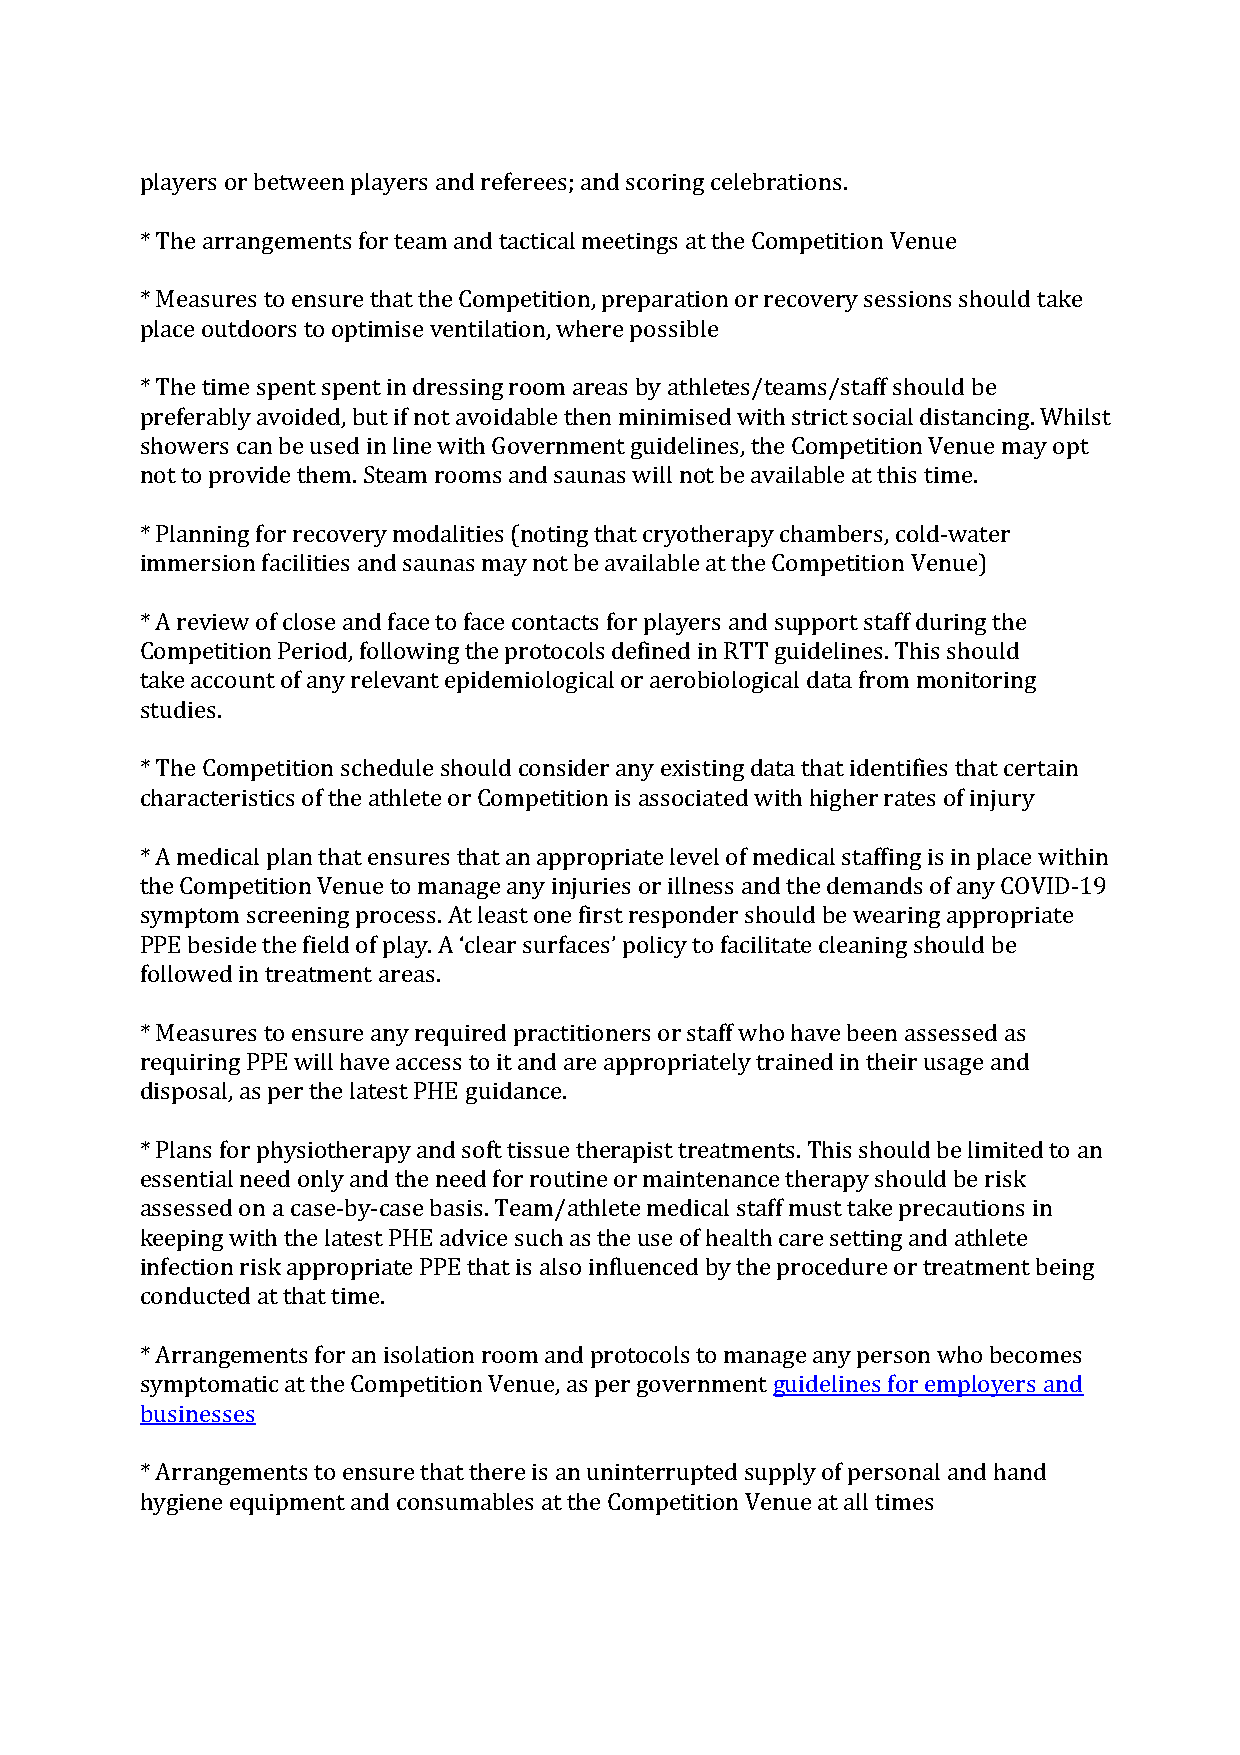
players or between players and referees; and scoring celebrations.
 * The arrangements for team and tactical meetings at the Competition Venue
 * Measures to ensure that the Competition, preparation or recovery sessions should take
 place outdoors to optimise ventilation, where possible
 * The time spent spent in dressing room areas by athletes/teams/staff should be
 preferably avoided, but if not avoidable then minimised with strict social distancing. Whilst
 showers can be used in line with Government guidelines, the Competition Venue may opt
 not to provide them. Steam rooms and saunas will not be available at this time.
 * Planning for recovery modalities (noting that cryotherapy chambers, cold-water
 immersion facilities and saunas may not be available at the Competition Venue)
 * A review of close and face to face contacts for players and support staff during the
 Competition Period, following the protocols defined in RTT guidelines. This should
 take account of any relevant epidemiological or aerobiological data from monitoring
 studies.
 * The Competition schedule should consider any existing data that identifies that certain
 characteristics of the athlete or Competition is associated with higher rates of injury
 * A medical plan that ensures that an appropriate level of medical staffing is in place within
 the Competition Venue to manage any injuries or illness and the demands of any COVID-19
 symptom screening process. At least one first responder should be wearing appropriate
 PPE beside the field of play. A ‘clear surfaces’ policy to facilitate cleaning should be
 followed in treatment areas.
 * Measures to ensure any required practitioners or staff who have been assessed as
 requiring PPE will have access to it and are appropriately trained in their usage and
 disposal, as per the latest PHE guidance.
 * Plans for physiotherapy and soft tissue therapist treatments. This should be limited to an
 essential need only and the need for routine or maintenance therapy should be risk
 assessed on a case-by-case basis. Team/athlete medical staff must take precautions in
 keeping with the latest PHE advice such as the use of health care setting and athlete
 infection risk appropriate PPE that is also influenced by the procedure or treatment being
 conducted at that time.
 * Arrangements for an isolation room and protocols to manage any person who becomes
 symptomatic at the Competition Venue, as per government guidelines for employers and
 businesses
 * Arrangements to ensure that there is an uninterrupted supply of personal and hand
 hygiene equipment and consumables at the Competition Venue at all times